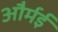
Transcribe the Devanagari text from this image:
और्मई